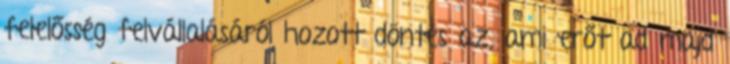
felelősség felvállalásáról hozott döntés az, ami erőt ad majd